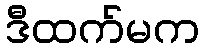
ဒီထက်မက